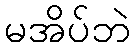
မအိပ်ဘဲ